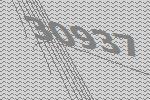
30937